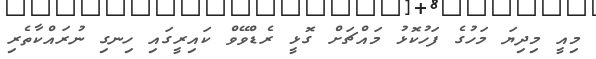
މިއީ މިދިޔަ މަހުގެ ފަހުކޮޅު މައްޗަށް ގޮޅީ ރެޑްވޭވް ކައިރީގައި ހިނގި ނުރައްކާތެރި